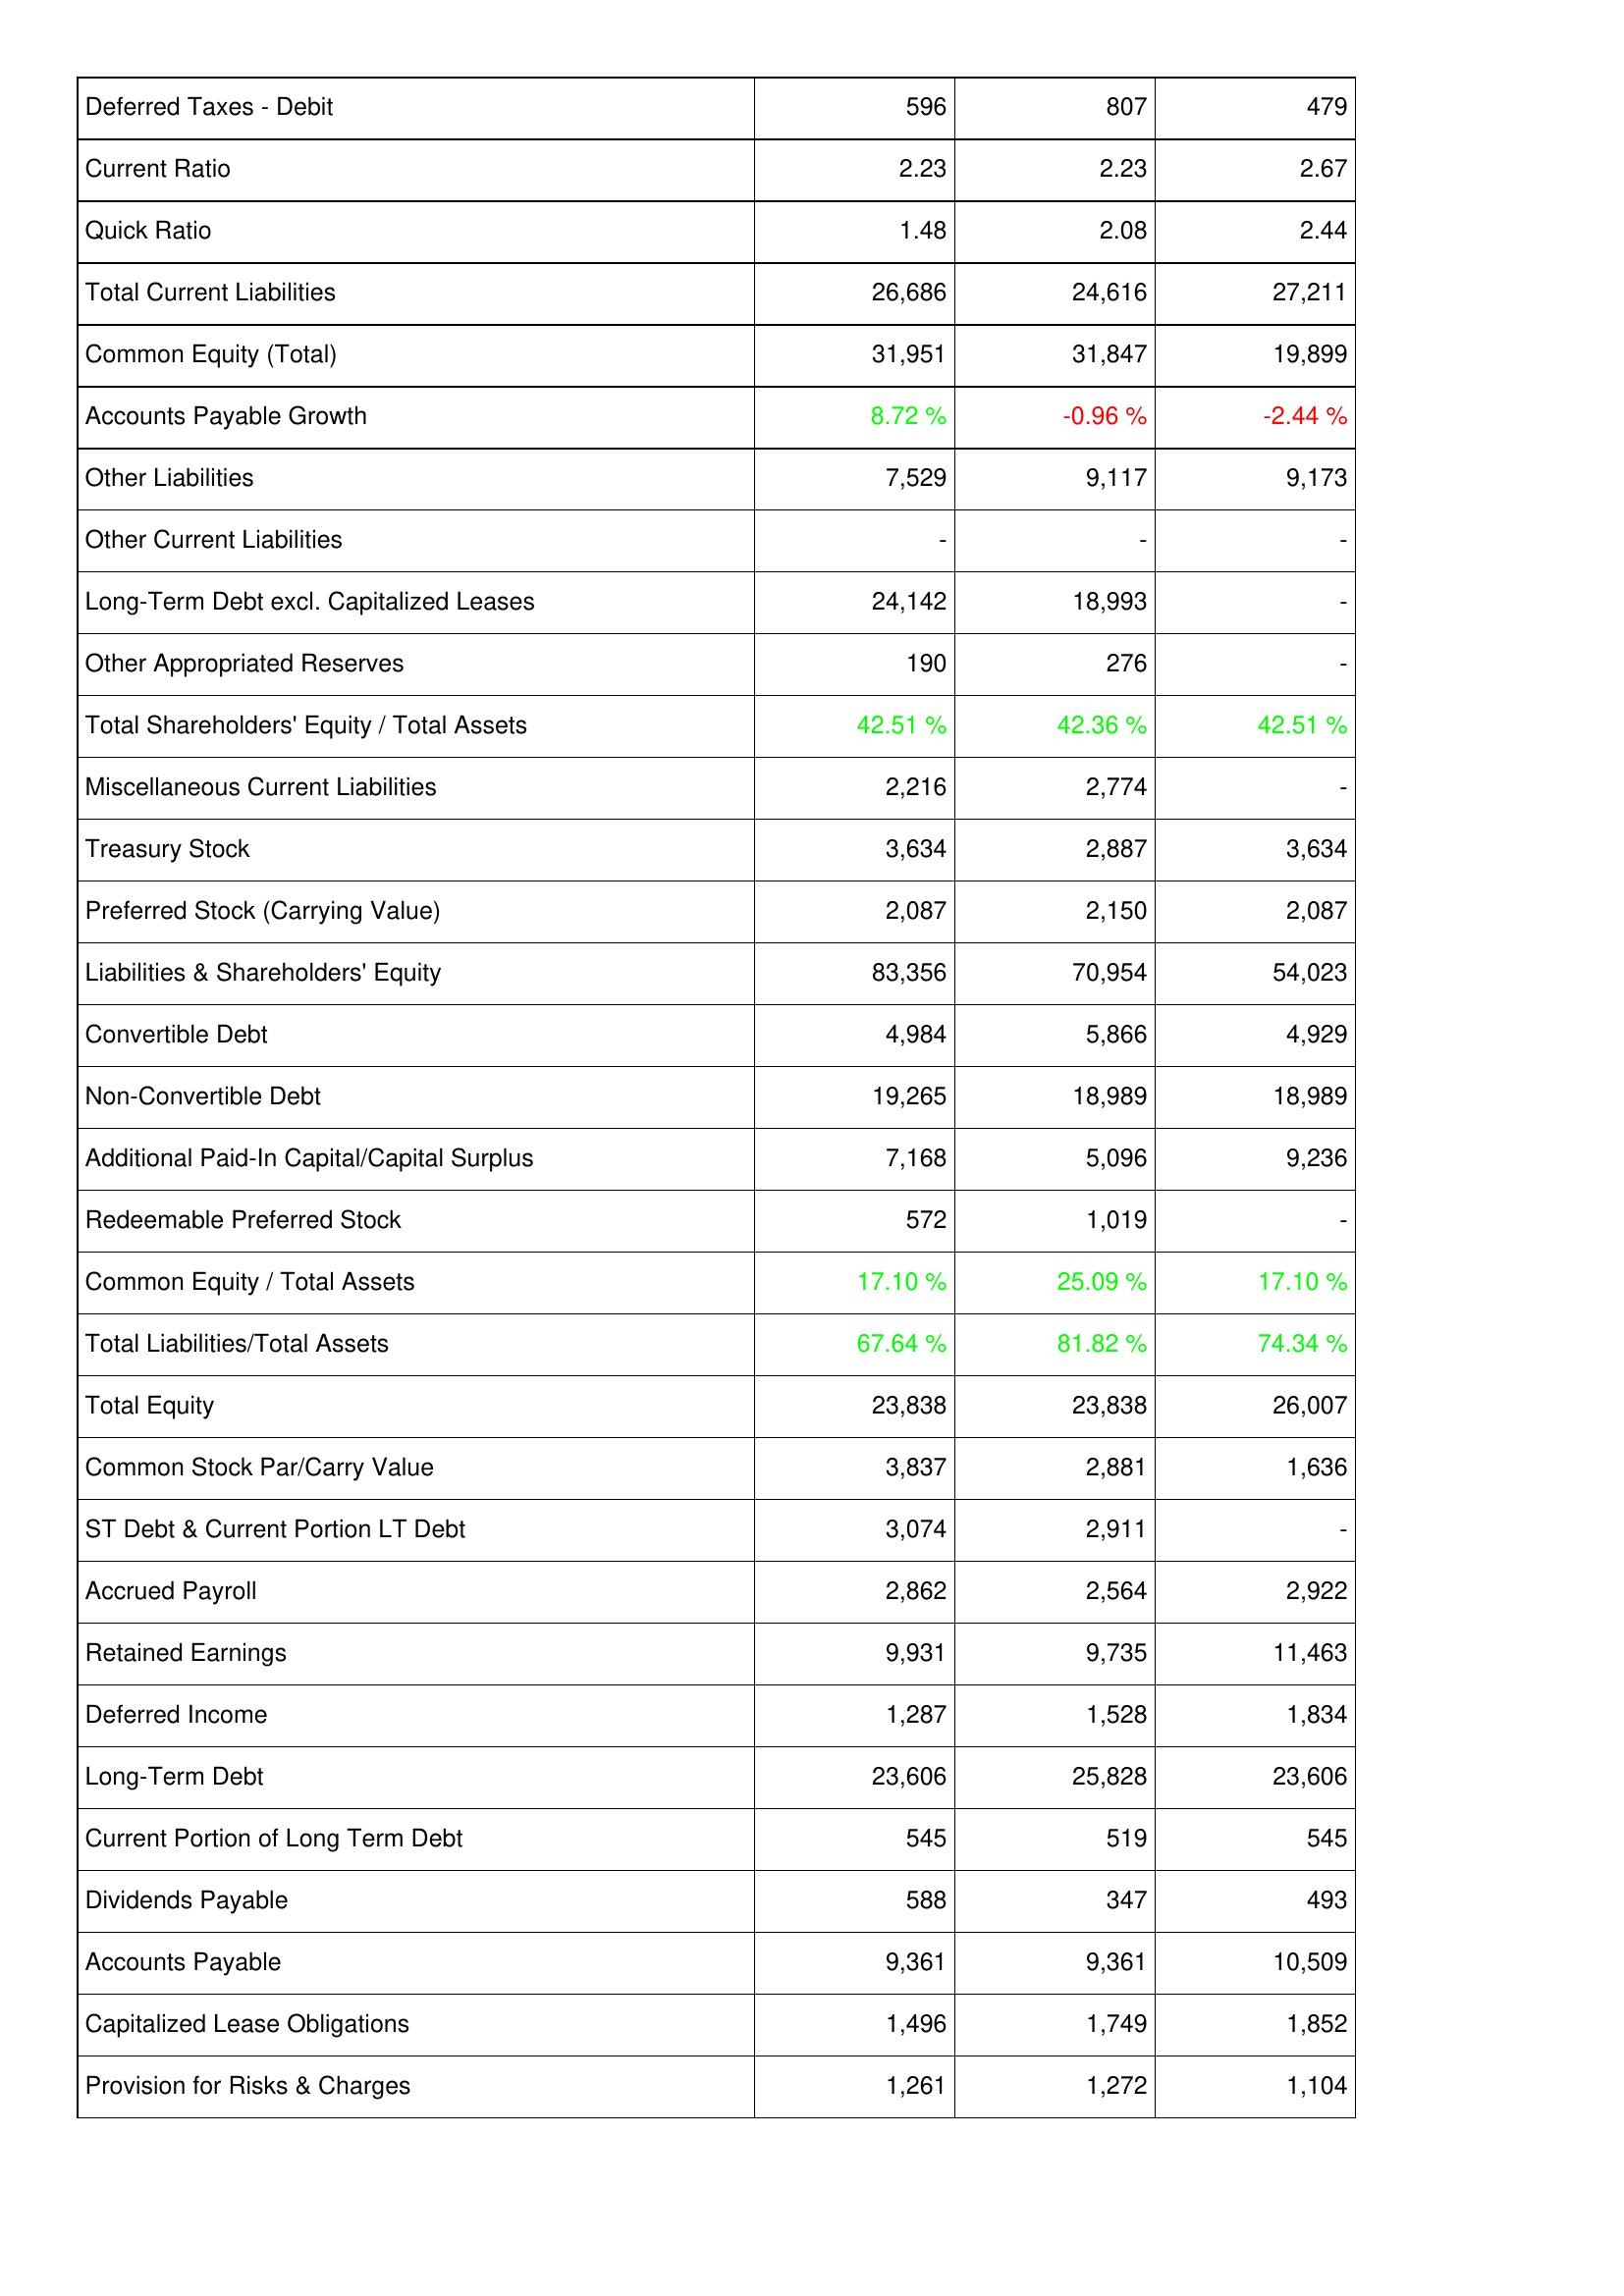
2013: Liabilities & Shareholders' Equity: Deferred Taxes - Debit: 596
Current Ratio: 2.23
Quick Ratio: 1.48
Total Current Liabilities: 26,686
Common Equity (Total): 31,951
Accounts Payable Growth: 8.72 %
Other Liabilities: 7,529
Other Current Liabilities: -
Long-Term Debt excl. Capitalized Leases: 24,142
Other Appropriated Reserves: 190
Total Shareholders' Equity / Total Assets: 42.51 %
Miscellaneous Current Liabilities: 2,216
Treasury Stock: 3,634
Preferred Stock (Carrying Value): 2,087
Liabilities & Shareholders' Equity: 83,356
Convertible Debt: 4,984
Non-Convertible Debt: 19,265
Additional Paid-In Capital/Capital Surplus: 7,168
Redeemable Preferred Stock: 572
Common Equity / Total Assets: 17.10 %
Total Liabilities/Total Assets: 67.64 %
Total Equity: 23,838
Common Stock Par/Carry Value: 3,837
ST Debt & Current Portion LT Debt: 3,074
Accrued Payroll: 2,862
Retained Earnings: 9,931
Deferred Income: 1,287
Long-Term Debt: 23,606
Current Portion of Long Term Debt: 545
Dividends Payable: 588
Accounts Payable: 9,361
Capitalized Lease Obligations: 1,496
Provision for Risks & Charges: 1,261
2014: Liabilities & Shareholders' Equity: Deferred Taxes - Debit: 807
Current Ratio: 2.23
Quick Ratio: 2.08
Total Current Liabilities: 24,616
Common Equity (Total): 31,847
Accounts Payable Growth: -0.96 %
Other Liabilities: 9,117
Other Current Liabilities: -
Long-Term Debt excl. Capitalized Leases: 18,993
Other Appropriated Reserves: 276
Total Shareholders' Equity / Total Assets: 42.36 %
Miscellaneous Current Liabilities: 2,774
Treasury Stock: 2,887
Preferred Stock (Carrying Value): 2,150
Liabilities & Shareholders' Equity: 70,954
Convertible Debt: 5,866
Non-Convertible Debt: 18,989
Additional Paid-In Capital/Capital Surplus: 5,096
Redeemable Preferred Stock: 1,019
Common Equity / Total Assets: 25.09 %
Total Liabilities/Total Assets: 81.82 %
Total Equity: 23,838
Common Stock Par/Carry Value: 2,881
ST Debt & Current Portion LT Debt: 2,911
Accrued Payroll: 2,564
Retained Earnings: 9,735
Deferred Income: 1,528
Long-Term Debt: 25,828
Current Portion of Long Term Debt: 519
Dividends Payable: 347
Accounts Payable: 9,361
Capitalized Lease Obligations: 1,749
Provision for Risks & Charges: 1,272
2015: Liabilities & Shareholders' Equity: Deferred Taxes - Debit: 479
Current Ratio: 2.67
Quick Ratio: 2.44
Total Current Liabilities: 27,211
Common Equity (Total): 19,899
Accounts Payable Growth: -2.44 %
Other Liabilities: 9,173
Other Current Liabilities: -
Long-Term Debt excl. Capitalized Leases: -
Other Appropriated Reserves: -
Total Shareholders' Equity / Total Assets: 42.51 %
Miscellaneous Current Liabilities: -
Treasury Stock: 3,634
Preferred Stock (Carrying Value): 2,087
Liabilities & Shareholders' Equity: 54,023
Convertible Debt: 4,929
Non-Convertible Debt: 18,989
Additional Paid-In Capital/Capital Surplus: 9,236
Redeemable Preferred Stock: -
Common Equity / Total Assets: 17.10 %
Total Liabilities/Total Assets: 74.34 %
Total Equity: 26,007
Common Stock Par/Carry Value: 1,636
ST Debt & Current Portion LT Debt: -
Accrued Payroll: 2,922
Retained Earnings: 11,463
Deferred Income: 1,834
Long-Term Debt: 23,606
Current Portion of Long Term Debt: 545
Dividends Payable: 493
Accounts Payable: 10,509
Capitalized Lease Obligations: 1,852
Provision for Risks & Charges: 1,104